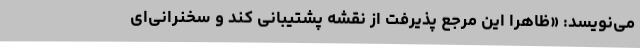
می‌نویسد: «ظاهرا این مرجع پذیرفت از نقشه پشتیبانی کند و سخنرانی‌ای